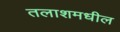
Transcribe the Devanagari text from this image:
तलाशमधील